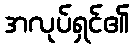
အလုပ်ရှင်၏